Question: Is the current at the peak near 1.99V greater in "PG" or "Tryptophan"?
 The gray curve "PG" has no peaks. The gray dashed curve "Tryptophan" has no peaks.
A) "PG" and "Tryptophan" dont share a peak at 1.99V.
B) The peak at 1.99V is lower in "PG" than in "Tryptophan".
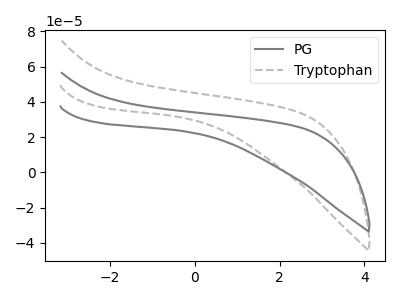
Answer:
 <answer>A) "PG" and "Tryptophan" dont share a peak at 1.99V.</answer>
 <eval>A</eval>